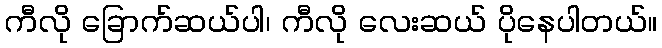
ကီလို ခြောက်ဆယ်ပါ၊ ကီလို လေးဆယ် ပိုနေပါတယ်။